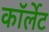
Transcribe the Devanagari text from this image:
कॉर्लेट